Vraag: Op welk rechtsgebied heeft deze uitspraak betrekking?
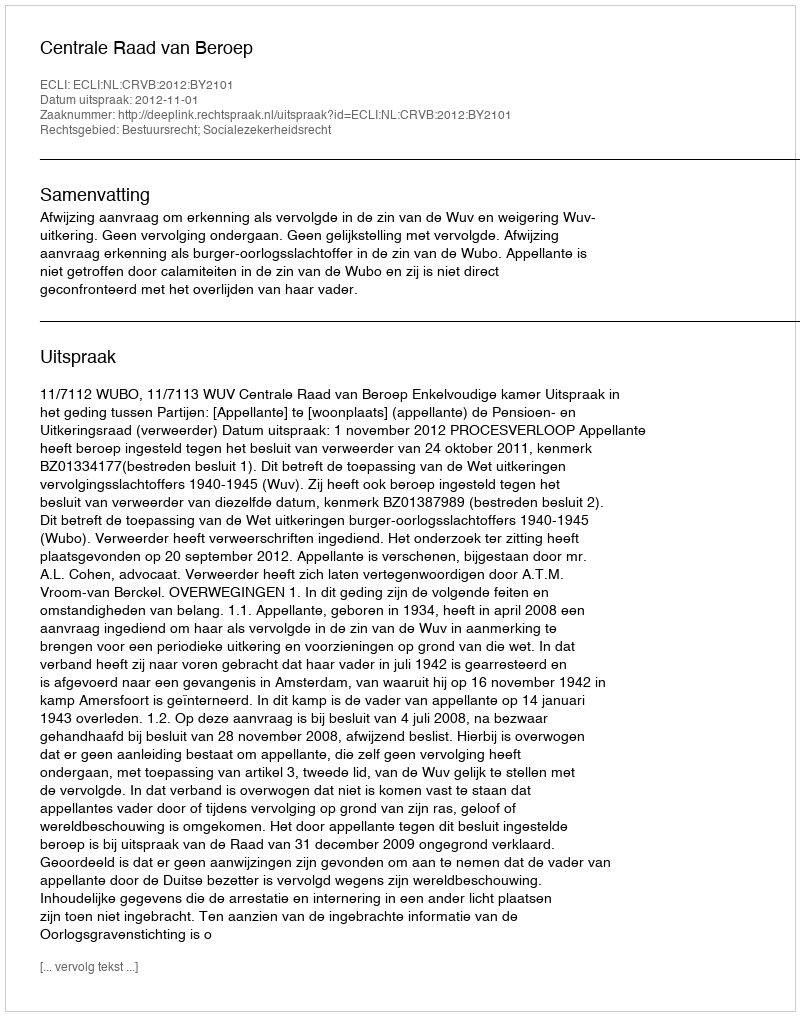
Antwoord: Bestuursrecht; Socialezekerheidsrecht